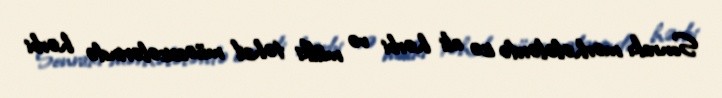
Sonrakı mərhələlərdə isə ali hərbi və mülki təhsil müəssisələrində hərbi